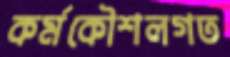
কর্মকৌশলগত